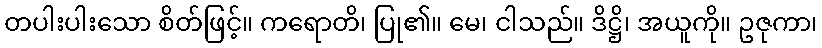
တပါးပါးသော စိတ်ဖြင့်။ ကရောတိ၊ ပြု၏။ မေ၊ ငါသည်။ ဒိဋ္ဌိ၊ အယူကို။ ဥဇုကာ၊